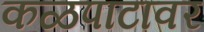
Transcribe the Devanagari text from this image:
कळपाटावर